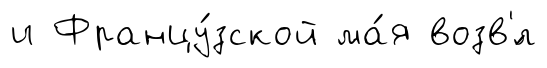
и Францу́зской ма́я возв'́л